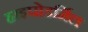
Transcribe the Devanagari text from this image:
हाइपोडर्मिल